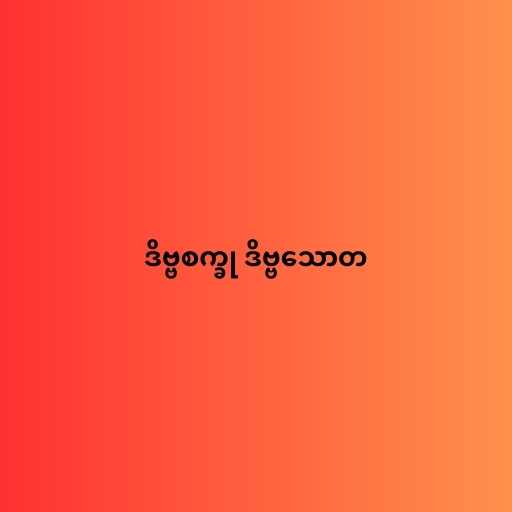
ဒိဗ္ဗစက္ခု ဒိဗ္ဗသောတ